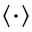
\langle \cdot \rangle